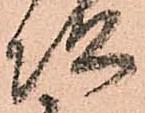
次